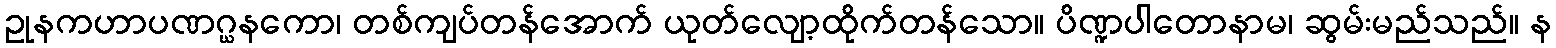
ဥုနကဟာပဏဂ္ဃနကော၊ တစ်ကျပ်တန်အောက် ယုတ်လျော့ထိုက်တန်သော။ ပိဏ္ဍပါတောနာမ၊ ဆွမ်းမည်သည်။ န